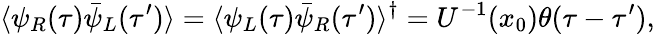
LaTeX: \langle\psi_{R}(\tau)\bar{\psi}_{L}(\tau^{\prime})\rangle=\langle\psi_{L}(\tau)\bar{\psi}_{R}(\tau^{\prime})\rangle^{\dagger}=U^{-1}(x_{0})\theta(\tau-\tau^{\prime}),